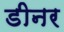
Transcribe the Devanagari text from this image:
डीनर